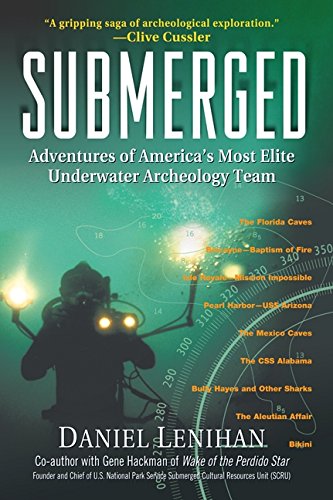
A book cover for Submerged: Adventures of America's Most Elite Underwater Archeology Team; Daniel Lenihan; Sports & Outdoors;